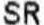
SR